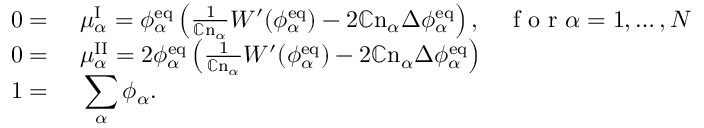
\begin{array} { r l r } { 0 = } & { { } ~ \mu _ { \alpha } ^ { \mathrm { I } } = \phi _ { \alpha } ^ { \mathrm { e q } } \left( \frac { 1 } { \mathbb { C } \mathrm { n } _ { \alpha } } W ^ { \prime } ( \phi _ { \alpha } ^ { \mathrm { e q } } ) - 2 \mathbb { C } \mathrm { n } _ { \alpha } \Delta \phi _ { \alpha } ^ { \mathrm { e q } } \right) , } & { \mathrm { ~ f ~ o ~ r ~ } \alpha = 1 , \dots , N } \\ { 0 = } & { { } ~ \mu _ { \alpha } ^ { \mathrm { I I } } = 2 \phi _ { \alpha } ^ { \mathrm { e q } } \left( \frac { 1 } { \mathbb { C } \mathrm { n } _ { \alpha } } W ^ { \prime } ( \phi _ { \alpha } ^ { \mathrm { e q } } ) - 2 \mathbb { C } \mathrm { n } _ { \alpha } \Delta \phi _ { \alpha } ^ { \mathrm { e q } } \right) } \\ { 1 = } & { { } ~ \displaystyle \sum _ { \alpha } \phi _ { \alpha } . } & { } \end{array}